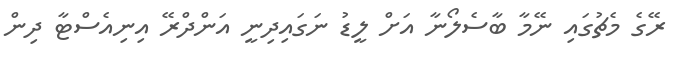
ރޭގެ މެޗުގައި ނޭމާ ބާސެލޯނާ އަށް ލީޑު ނަގައިދިނީ އަންދްރޭ އިނިއެސްޓާ ދިން